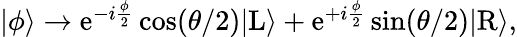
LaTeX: \begin{array}{r}{|\phi\rangle\rightarrow\mathrm{e}^{-i\frac{\phi}{2}}\cos(\theta/2)|\mathrm{L}\rangle+\mathrm{e}^{+i\frac{\phi}{2}}\sin(\theta/2)|\mathrm{R}\rangle,}\end{array}